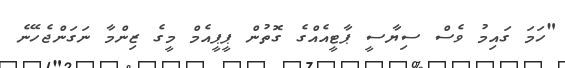
"ހަމަ ގައިމު ވެސް ސިޔާސީ ޕާޓީއެއްގެ ގޮތުން ޕީޕީއެމް މީގެ ޒިންމާ ނަގަންޖެހޭނެ